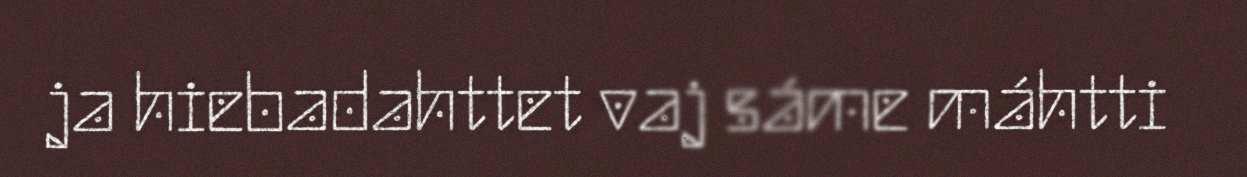
ja hiebadahttet vaj sáme máhtti